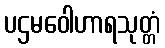
ပဌမဝေါဟာရသုတ္တံ